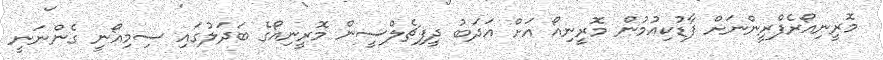
މޮރީނިއޯރެފްރީންނަށް ފާޑުކިއުމުން މޮރީނިއޯ އަށް އަދަބު ދީފިޗެލްސީން މޮރީނިއޯގެ ބަދަލުގައި ސިމިއޯނީ ގެންނަނީ